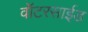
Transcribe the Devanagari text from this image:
वॉटरसाईड